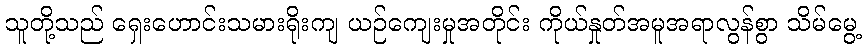
သူတို့သည် ရှေးဟောင်းသမားရိုးကျ ယဉ်ကျေးမှုအတိုင်း ကိုယ်နှုတ်အမူအရာလွန်စွာ သိမ်မွေ့